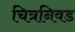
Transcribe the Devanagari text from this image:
चित्रनिवड